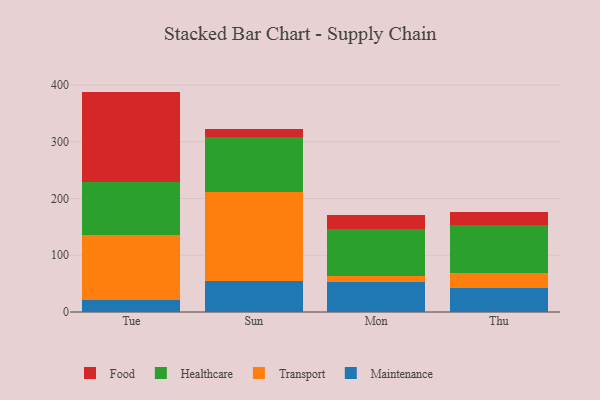
{"axis": {"x": "Day", "y": "Churn Rate (%)"}, "legend": ["Food", "Healthcare", "Maintenance", "Transport"], "data": [{"x": "Tue", "y": 21.3, "type": "Maintenance"}, {"x": "Tue", "y": 114.2, "type": "Transport"}, {"x": "Tue", "y": 93.4, "type": "Healthcare"}, {"x": "Tue", "y": 159.4, "type": "Food"}, {"x": "Sun", "y": 54.5, "type": "Maintenance"}, {"x": "Sun", "y": 156.2, "type": "Transport"}, {"x": "Sun", "y": 97.2, "type": "Healthcare"}, {"x": "Sun", "y": 14.0, "type": "Food"}, {"x": "Mon", "y": 53.1, "type": "Maintenance"}, {"x": "Mon", "y": 10.8, "type": "Transport"}, {"x": "Mon", "y": 82.1, "type": "Healthcare"}, {"x": "Mon", "y": 24.5, "type": "Food"}, {"x": "Thu", "y": 42.7, "type": "Maintenance"}, {"x": "Thu", "y": 26.8, "type": "Transport"}, {"x": "Thu", "y": 83.6, "type": "Healthcare"}, {"x": "Thu", "y": 23.2, "type": "Food"}]}